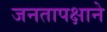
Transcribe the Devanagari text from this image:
जनतापक्षाने